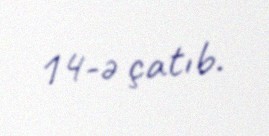
14-ə çatıb.